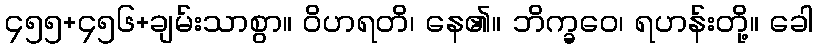
၄၅၅+၄၅၆+ချမ်းသာစွာ။ ဝိဟရတိ၊ နေ၏။ ဘိက္ခဝေ၊ ရဟန်းတို့။ ခေါ